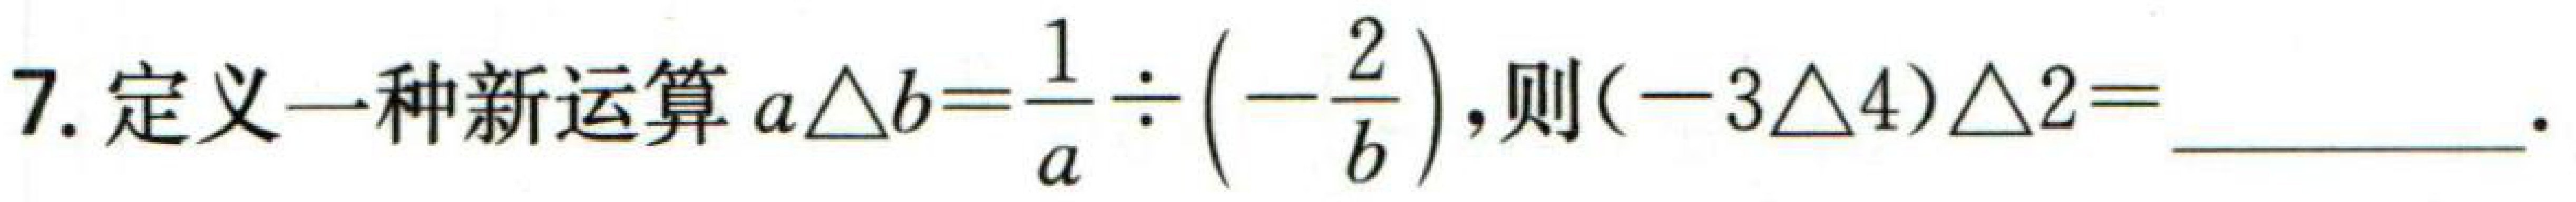
7. 定义一种新运算\(a\triangle b = \dfrac{1}{a}\div\left(-\dfrac{2}{b}\right)\)，则\((-3\triangle4)\triangle2 = \_\_\_\)。